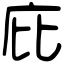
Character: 庇